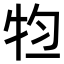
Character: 𤙊